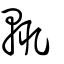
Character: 輒